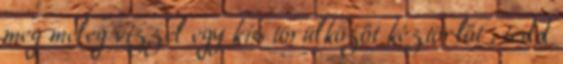
meg meleg vízzel egy kis törülközőt kéztörlőt , tedd